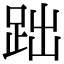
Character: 𧿺